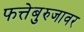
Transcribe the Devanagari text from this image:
फत्तेबुरुजावर